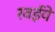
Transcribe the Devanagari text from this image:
रवईये